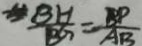
\frac { B H } { B G } = \frac { B P } { A B }